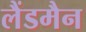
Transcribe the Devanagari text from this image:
लैंडमैन